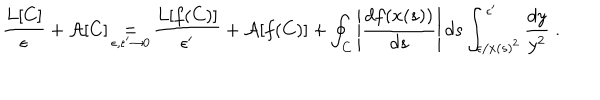
\frac { L [ C ] } { \epsilon } + \mathcal { A } [ C ] \mathop { = } _ { \epsilon , \epsilon ^ { \prime } \to 0 } \frac { L [ f ( C ) ] } { \epsilon ^ { \prime } } + \mathcal { A } [ f ( C ) ] + \oint _ { C } \left| \frac { d f ( x ( s ) ) } { d s } \right| d s \int _ { \epsilon / x ( s ) ^ { 2 } } ^ { \epsilon ^ { \prime } } \frac { d y } { y ^ { 2 } } \; .